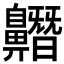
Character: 𪖼